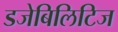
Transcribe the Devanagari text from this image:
डजेबिलिटिज